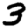
Digit: 3